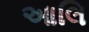
આલિ